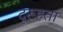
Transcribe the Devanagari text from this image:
दूरूहता